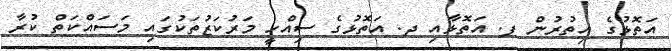
އަތޮޅުގެ އިތުރުން ފ. އަތޮޅާއި ދ. އަތޮޅުގެ ސިއްހީ މަރުކަޒުތަކުގައި މަސައްކަތް ކުރާ